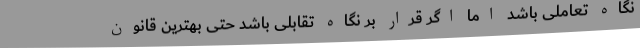
‌نگاه تعاملی باشد اما اگر قرار بر نگاه تقابلی باشد حتی بهترین قانون